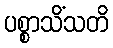
ပစ္စာသိံသတိ